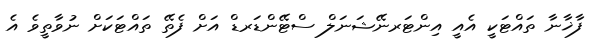
ފާޚާނާ ތައްޓަކީ އެއީ އިންޓަރނޭޝަނަލް ސްޓޭންޑަރޑް އަށް ފެތޭ ތައްޓަކަށް ނުވާތީވެ އެ